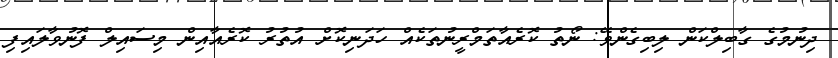
ދިނުމުގެ ގާބިލްކަން ލިބިގެންވޭ: ނޯތު ކޮރެއާތަމްރީނުތަކެއް ހަދަނިކޮށް އުތުރު ކޮރެއާއިން މިސައިލް ފޮނުވާލައިފި